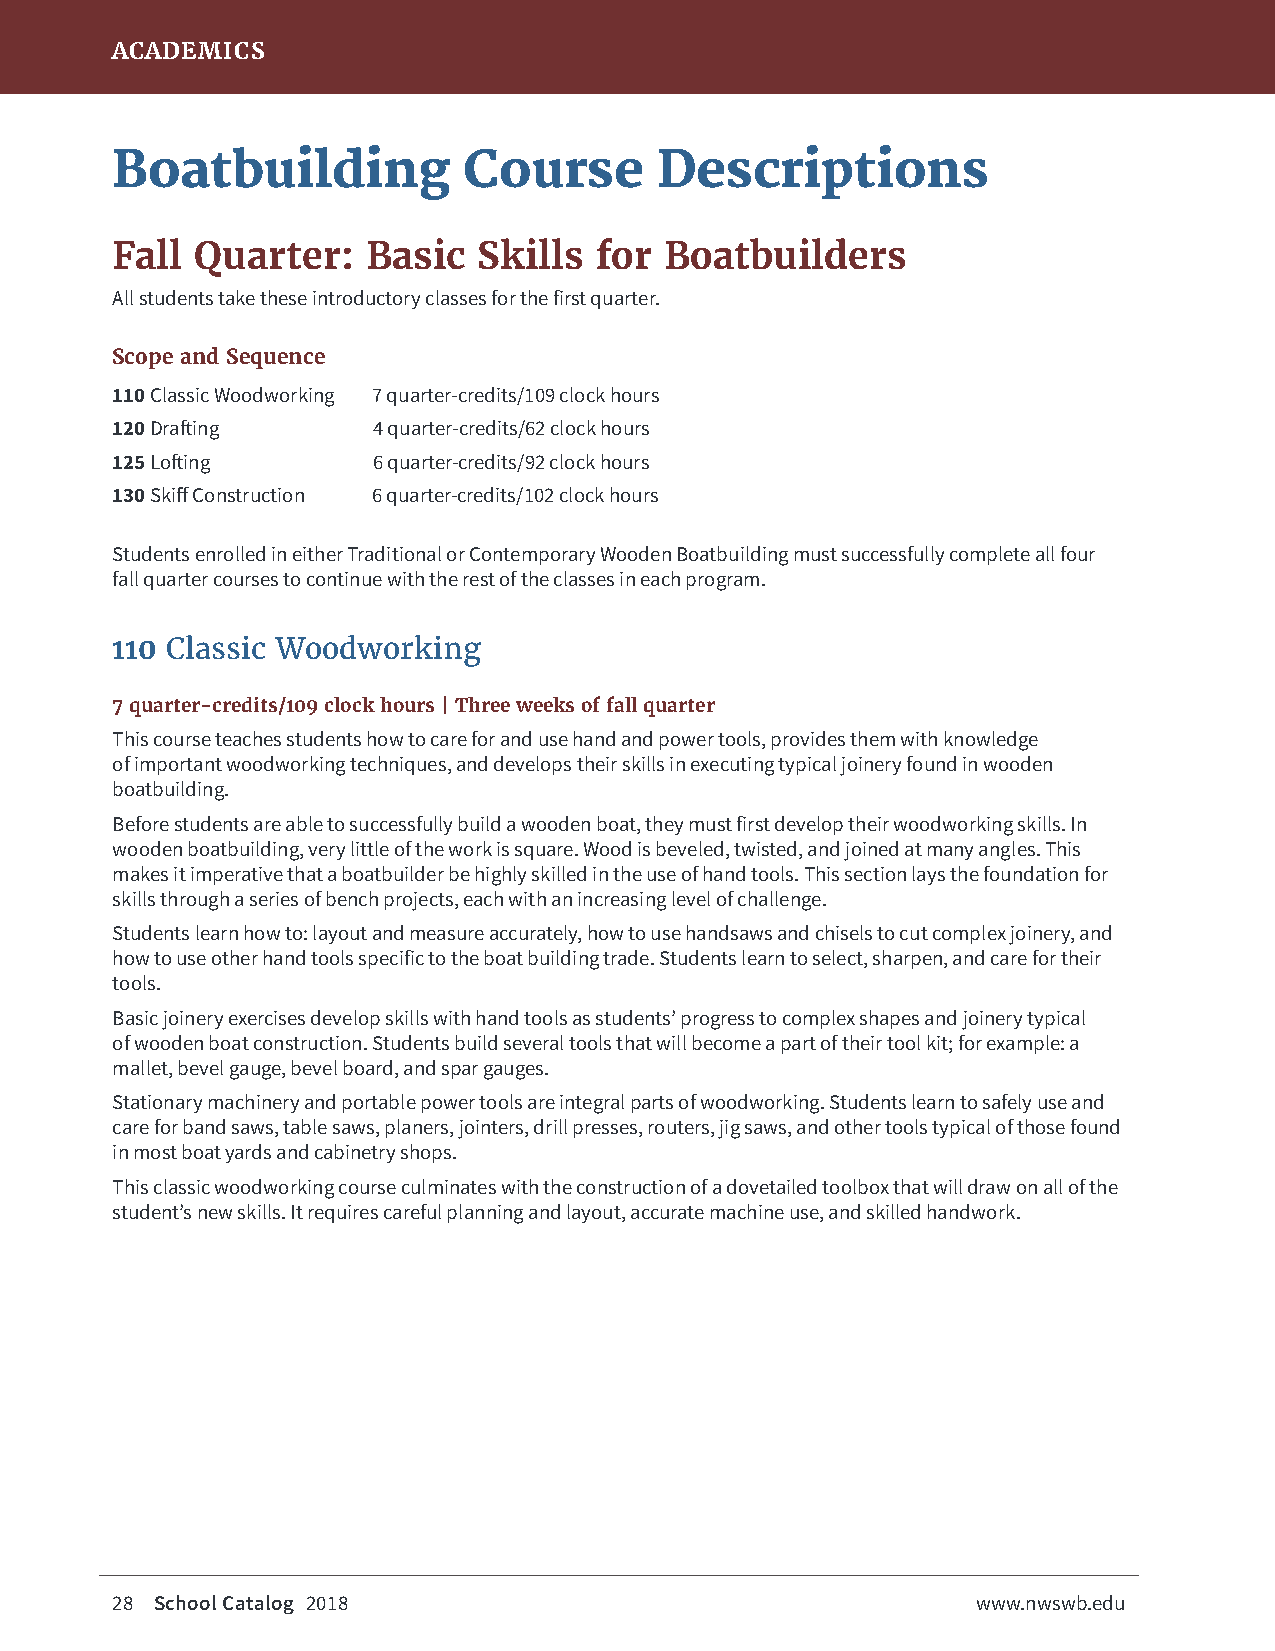
ACADEMICS
 Boatbuilding            Course      Descriptions
 Fall  Quarter:   Basic   Skills for  Boatbuilders
 All students take these introductory classes for the first quarter.
 Scope and Sequence
 110 Classic Woodworking 7 quarter-credits/109 clock hours
 120 Drafting      4 quarter-credits/62 clock hours
 125 Lofting       6 quarter-credits/92 clock hours
 130 Skiff Construction 6 quarter-credits/102 clock hours
 Students enrolled in either Traditional or Contemporary Wooden Boatbuilding must successfully complete all four
 fall quarter courses to continue with the rest of the classes in each program.
 110 Classic Woodworking
 7 quarter-credits/109 clock hours | Three weeks of fall quarter
 This course teaches students how to care for and use hand and power tools, provides them with knowledge
 of important woodworking techniques, and develops their skills in executing typical joinery found in wooden
 boatbuilding.
 Before students are able to successfully build a wooden boat, they must first develop their woodworking skills. In
 wooden boatbuilding, very little of the work is square. Wood is beveled, twisted, and joined at many angles. This
 makes it imperative that a boatbuilder be highly skilled in the use of hand tools. This section lays the foundation for
 skills through a series of bench projects, each with an increasing level of challenge.
 Students learn how to: layout and measure accurately, how to use handsaws and chisels to cut complex joinery, and
 how to use other hand tools specific to the boat building trade. Students learn to select, sharpen, and care for their
 tools.
 Basic joinery exercises develop skills with hand tools as students’ progress to complex shapes and joinery typical
 of wooden boat construction. Students build several tools that will become a part of their tool kit; for example: a
 mallet, bevel gauge, bevel board, and spar gauges.
 Stationary machinery and portable power tools are integral parts of woodworking. Students learn to safely use and
 care for band saws, table saws, planers, jointers, drill presses, routers, jig saws, and other tools typical of those found
 in most boat yards and cabinetry shops.
 This classic woodworking course culminates with the construction of a dovetailed toolbox that will draw on all of the
 student’s new skills. It requires careful planning and layout, accurate machine use, and skilled handwork.
 28 School Catalog 2018                                    www.nwswb.edu